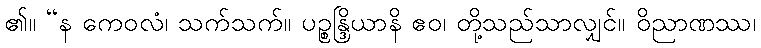
၏။ “န ကေဝလံ၊ သက်သက်။ ပဉ္စန္ဒြိယာနိ ဧဝ၊ တို့သည်သာလျှင်။ ဝိညာဏဿ၊